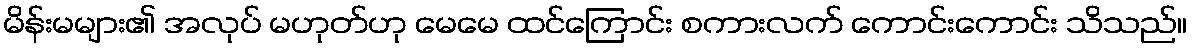
မိန်းမများ၏ အလုပ် မဟုတ်ဟု မေမေ ထင်ကြောင်း စကားလက် ကောင်းကောင်း သိသည်။